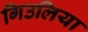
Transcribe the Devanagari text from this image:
गिउलिया